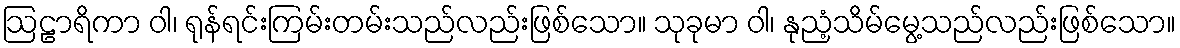
ဩဠာရိကာ ဝါ၊ ရုန်ရင်းကြမ်းတမ်းသည်လည်းဖြစ်သော။ သုခုမာ ဝါ၊ နုညံ့သိမ်မွေ့သည်လည်းဖြစ်သော။